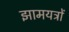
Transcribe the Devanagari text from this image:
झामयत्रों